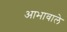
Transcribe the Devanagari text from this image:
आभावाले